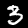
Digit: 3